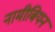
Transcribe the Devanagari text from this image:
नामीबियन